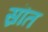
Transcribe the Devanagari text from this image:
स्रॊत